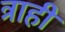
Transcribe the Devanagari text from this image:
त्राही